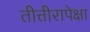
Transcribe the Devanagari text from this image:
तीत्तीरापेक्षा